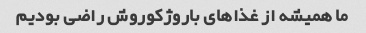
ما همیشه از غذاهای باروژکوروش راضی بودیم